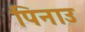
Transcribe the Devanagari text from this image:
पिनाउ